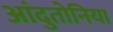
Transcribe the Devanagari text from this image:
आंदुतोनिया